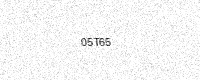
Text: 05T65